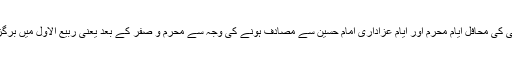
نو ربیع الاول کو شیعوں سے جھگڑا ہونا اسی سلسلے کی ایک کڑی تھا اور ذی الحجہ کے آخری کی یہ خوشی کی محافل ایام محرم اور ایام عزاداری امام حسین سے مصادف ہونے کی وجہ سے محرم و صفر کے بعد یعنی ربیع الاول میں برگزار ہونا شروع ہوئے پھر آہستہ آہستہ نو ربیع الاول کا دن حضرت عمر کی وفات کے دن سے منسوب ہو گیا۔